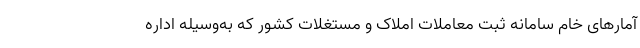
آمارهای خام سامانه ثبت معاملات املاک و مستغلات کشور که به‌وسیله اداره